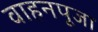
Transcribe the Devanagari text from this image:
वाहनपूजा